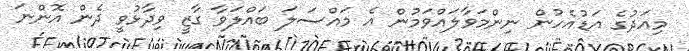
މިއަދުގެ އަޑުއެހުން ނިންމަވާލައްވަމުން އެ މައްސަލަ ބައްލަވާ ގާޒީ ވިދާޅުވީ ދެން އޮންނަ